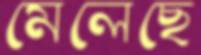
মেলেছে